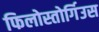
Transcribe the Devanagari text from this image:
फिलोस्तोर्गिउस